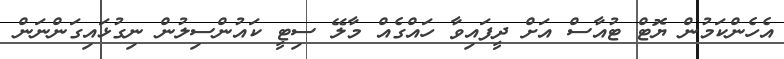
އެހެންކަމުން ޔޮޓް ޓުއާސް އަށް ދީފައިވާ ހައްގެއް މާލޭ ސިޓީ ކައުންސިލުން ނިގުޅައިގަންނަން